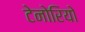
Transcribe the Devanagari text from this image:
टेनोरियो